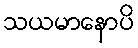
သယမာနောပိ